King Institute of Preventive Medicine Micro-Biological Section reports 1912-19
Year: 1912
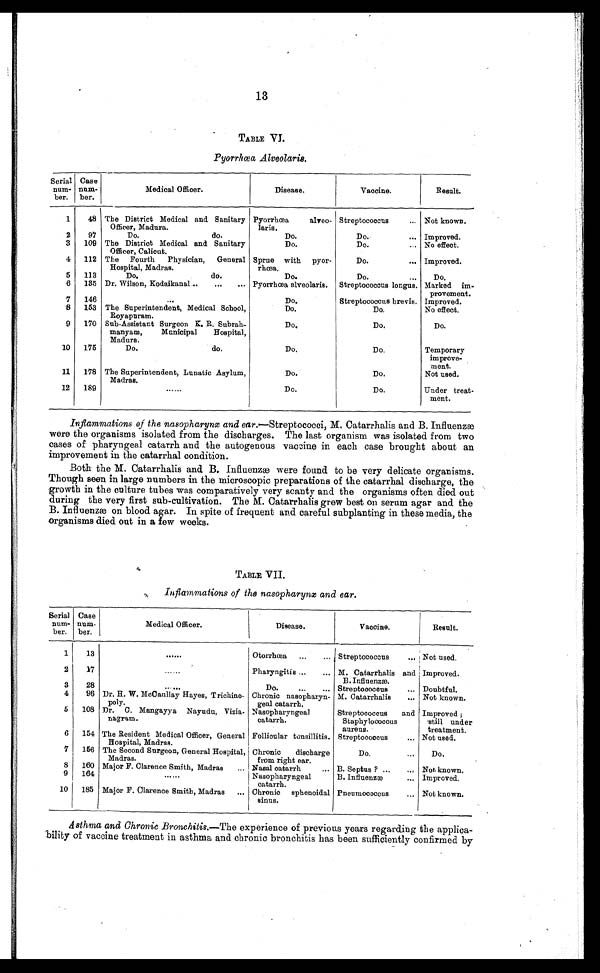
13
TABLE VI.
Pyorrhœa Alveolaris.
Serial
num-
ber.
Case
num-
ber.
Medical Officer.
Disease.
Vaccine.
Result.
1
48 The District Medical and Sanitary
Officer, Madura.
Pyorrhœa alveo-
laris.
Streptococcus . . . Not known.
2
97
Do. do.
Do.
Do. . . .
Improved.
3
109 The District Medical and Sanitary
Officer, Calicut.
Do.
Do. . . .
No effect.
4
112 The Fourth Physician, General
Hospital, Madras.
Sprue with pyor-
rhœa.
Do. . . .
Improved.
5
113
Do. do.
Do.
Do. . . .
Do.
6
135 Dr. Wilson, Kodaikanal . . .
Pyorrhœa alveolaris.
Streptococcus longus. Marked im-
provement.
7
146
. . .
Do.
Streptococcus brevis. Improved.
8
153 The Superintendent, Medical School,
Royapuram.
Do.
Do.
No effect.
9
170 Sub-Assistant Surgeon K. R. Subrah-
manyam, Municipal
Hospital,
Madura.
Do.
Do.
Do.
10
175
Do. do.
Do.
Do.
Temporary
improve-
ment.
11
178 The Superintendent, Lunatic Asylum,
Madras.
Do.
D o .
Not used.
12
189
. . .
Do.
Do.
Under treat-
ment.
Inflammations of the nasopharynx and ear .—Streptococci, M. Catarrhalis and B. Influenzæ
were the organisms isolated from the discharges. The last organism was isolated from two
cases of pharyngeal catarrh and the autogenous vaccine in each case brought about an
improvement in the catarrhal condition.
Both the M. Catarrhalis and B. Influenzæ were found to be very delicate organisms.
Though seen in large numbers in the microscopic preparations of the catarrhal discharge, the
growth in the culture tubes was comparatively very scanty and the organisms often died out
during the very first sub-cultivation. The M. Catarrhalis grew best on serum agar and the
B. Influenzæ on blood agar. In spite of frequent and careful subplanting in these media, the
organisms died out in a few weeks.
TABLE VII.
Inflammations of the nasopharynx and ear.
Serial
num-
ber.
Case
num-
ber.
Medical Officer.
Disease.
Vaccine.
Result.
1
13
. . .
Otorrhœa . . .
Streptococcus . . .
Not used.
2
17
. . .
Pharyngitis . . .
M. Catarrhalis and
B. Influenzæ.
Improved.
3
28
. . .
Do. . . .
Streptococcus . . .
Doubtful.
4
96 Dr. H. W. McCaullay Hayes, Trichino-
poly.
Chronic nasopharyn-
geal catarrh.
M. Catarrhalis . . .
Not known.
5
108 Dr. C. Mangayya Nayudu, Vizia-
nagram.
Nasopharyngeal
catarrh.
Streptococcus and
Staphylococcus
aureus.
Improved ;
still under
treatment.
6
154 The Resident Medical Officer, General
Hospital, Madras.
Follicular tonsillitis. Streptococcus . . .
Not used.
7
156 The Second Surgeon, General Hospital,
Madras.
Chronic discharge
from right ear.
Do. . . .
Do.
8
160 Major F. Clarence Smith, Madras . . .
Nasal catarrh . . .
B. Septus ? . . .
Not known.
9
164
. . .
Nasopharyngeal
catarrh.
B. Influenzæ . . .
Improved.
10
185 Major F. Clarence Smith, Madras . . .
Chronic sphenoidal
sinus.
Pneumococcus . . .
Not known.
Asthma and Chronic Bronchitis.—The experience of previous years regarding the applica--
bility of vaccine treatment in asthma and chronic bronchitis has been sufficiently confirmed by